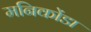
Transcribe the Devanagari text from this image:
मनिकोंडा